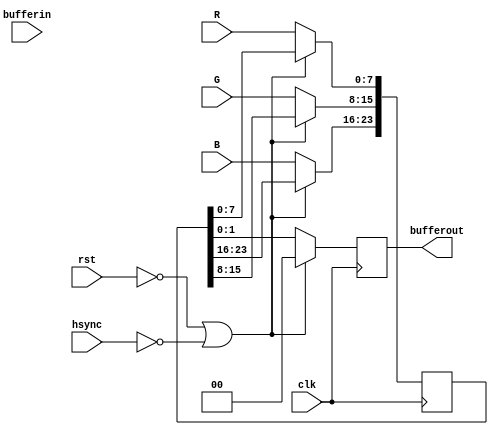
`timescale 1ns / 1ps
//////////////////////////////////////////////////////////////////////////////////
// Company: 
// Engineer: 
// 
// Design Name: 
// Module Name: horizontal_sync
// Project Name: 
// Target Devices: 
// Tool Versions: 
// Description: 
// 
// Dependencies: 
// 
// Revision:
// Revision 0.01 - File Created
// Additional Comments:
// 
//////////////////////////////////////////////////////////////////////////////////


module horizontal_sync #(parameter SYNC_SIZE=0)(
    clk,
    rst,
    hsync,
    R,G,B,
    bufferin,
    bufferout
    );
    
    input clk, rst, hsync;
    input [7:0] R, G, B;
    input [SYNC_SIZE-1:0] bufferin;
    output reg [SYNC_SIZE-1:0] bufferout;
    reg [23:0] pixel;
    
    always @(posedge clk) begin
        if (!rst || !hsync) begin
            bufferout <= 0;
        end else begin
            pixel[7:0] <= R;
            pixel[15:8] <= G;
            pixel[23:16] <= B;
            
            bufferout <= {bufferin[SYNC_SIZE-24:0],pixel};
        end
    end
    
endmodule